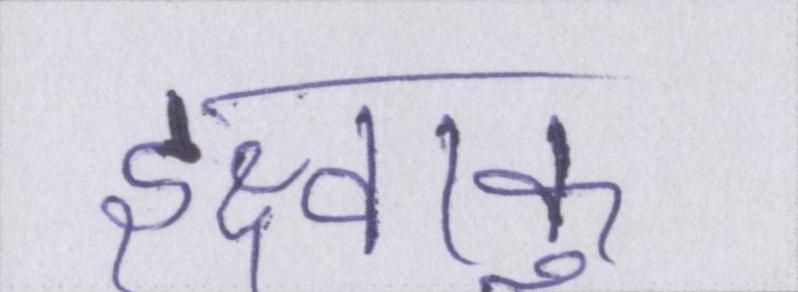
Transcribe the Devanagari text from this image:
इक्ष्वाकु